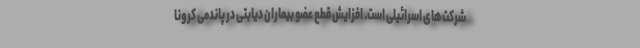
شرکت‌های اسرائیلی است. افزایش قطع عضو بیماران دیابتی در پاندمی کرونا